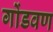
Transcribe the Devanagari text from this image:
गोंडवण